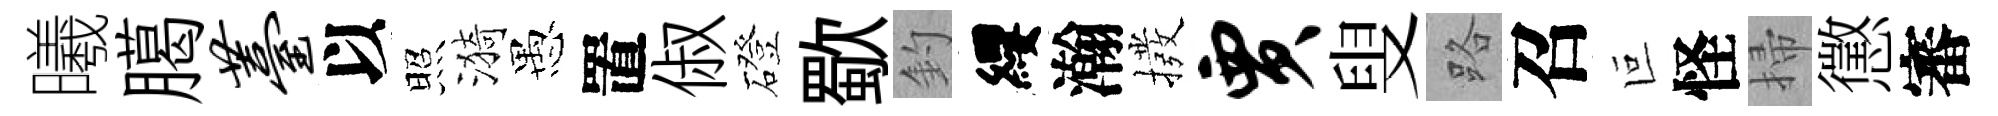
曦臈薹以照漪愚置俶磴歜釣纓瀚撥贾叟路召叵怪掃懲審